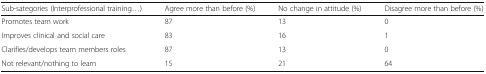
<table><thead><tr><td><b>Sub-sategories (Interprofessional training...)</b></td><td><b>Agree more than before (%)</b></td><td><b>No change in attitude (%)</b></td><td><b>Disagree more than before (%)</b></td></tr></thead><tbody><tr><td>Promotes team work</td><td>87</td><td>13</td><td>0</td></tr><tr><td>Improves clinical and social care</td><td>83</td><td>16</td><td>1</td></tr><tr><td>Clarifies/develops team members roles</td><td>87</td><td>13</td><td>0</td></tr><tr><td>Not relevant/nothing to learn</td><td>15</td><td>21</td><td>64</td></tr></tbody></table>